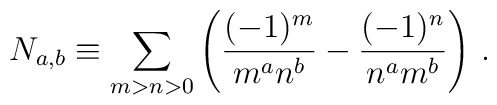
N_{a,b}\equiv\sum_{m>n>0}\left(\frac{(-1)^m}{m^a n^b}-\frac{(-1)^n}{n^a m^b}\right)\,.